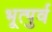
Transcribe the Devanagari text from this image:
भूत्पुर्व